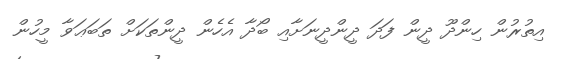
އިތުރުން ހިންދޫ ދީން ފަދަ ދީންދީނަށާއި ބޯދާ އެހެން ދީންތަކަށް ތަބަޢަވާ މީހުން